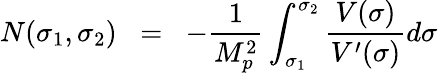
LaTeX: N(\sigma_{1},\sigma_{2})\; \; =\; \; -\frac{1}{M_{p}^{2}}\int_{\sigma_{1}}^{\sigma_{2}}\frac{V(\sigma)}{V^{\prime}(\sigma)}d\sigma